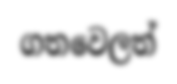
ගතවෙලත්